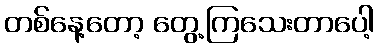
တစ်နေ့တော့ တွေ့ကြသေးတာပေါ့